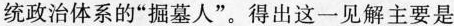
统政治体系的”掘墓人”。得出这一见解主要是